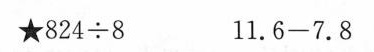
$$★8 2 4 \div 8 $$ $$1 1 . 6 - 7 . 8$$